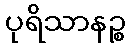
ပုရိသာနဉ္စ